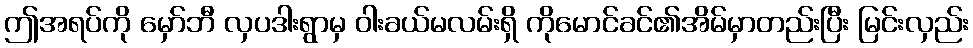
ဤအရပ်ကို မှော်ဘီ လှပဒါးရွာမှ ဝါးခယ်မလမ်းရှိ ကိုမောင်ခင်၏အိမ်မှာတည်းပြီး မြင်းလှည်း